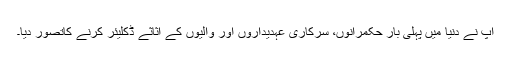
آپ نے دنیا میں پہلی بار حکمرانوں، سرکاری عہدیداروں اور والیوں کے اثاثے ڈکلیئر کرنے کاتصور دیا۔